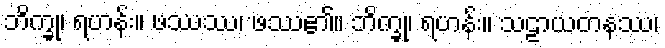
ဘိက္ခု၊ ရဟန်း။ ဖဿဿ၊ ဖဿ၏။ ဘိက္ခု၊ ရဟန်း။ သဠာယတနဿ၊